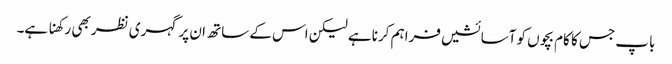
باپ جس کا کام بچوں کو آسائشیں فراہم کرنا ہے لیکن اس کے ساتھ ان پر گہری نظر بھی رکھنا ہے۔